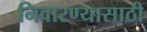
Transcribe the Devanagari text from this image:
निवारण्यासाठी